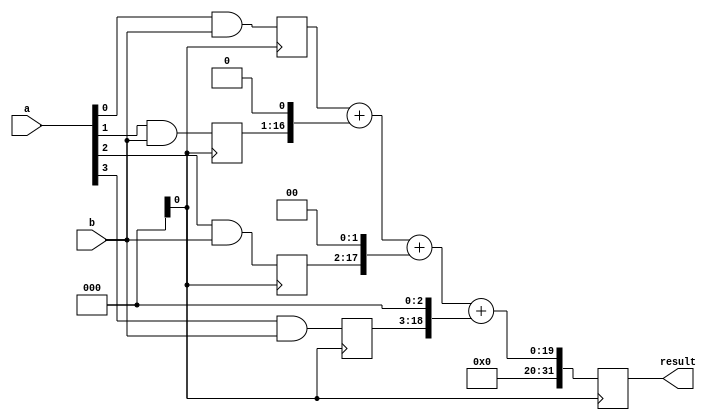
module DaddaMultiplier (
    input wire [15:0] a,
    input wire [15:0] b,
    output reg [31:0] result
);

reg [15:0] partial_products [3:0];
reg [31:0] final_result;

always @ (posedge clk) begin
    // Generate partial products
    partial_products[0] <= a[0] & b;
    partial_products[1] <= a[1] & b;
    partial_products[2] <= a[2] & b;
    partial_products[3] <= a[3] & b;

    // Accumulate partial products using modified adders
    final_result <= partial_products[0] + (partial_products[1] << 1) + (partial_products[2] << 2) + (partial_products[3] << 3);
end

assign result = final_result;

endmodule